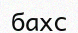
бахс